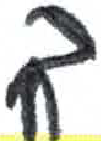
אות: ך